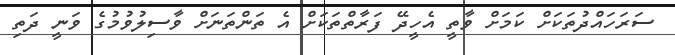
ސަރަހައްދުތަކަށް ކަމަށް ވާތީ އެހީދޭ ފަރާތްތަކަށް އެ ތަންތަނަށް ވާސިލުވުމުގެ ވަނީ ދަތި